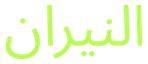
النيران